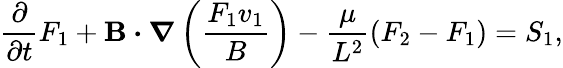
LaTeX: \frac{\partial}{\partial t}F_{1}+{\mathbf B}\boldsymbol{\cdot}\boldsymbol{\nabla}\left(\frac{F_{1}v_{1}}{B}\right)-\frac{\mu}{L^{2}}(F_{2}-F_{1})=S_{1},